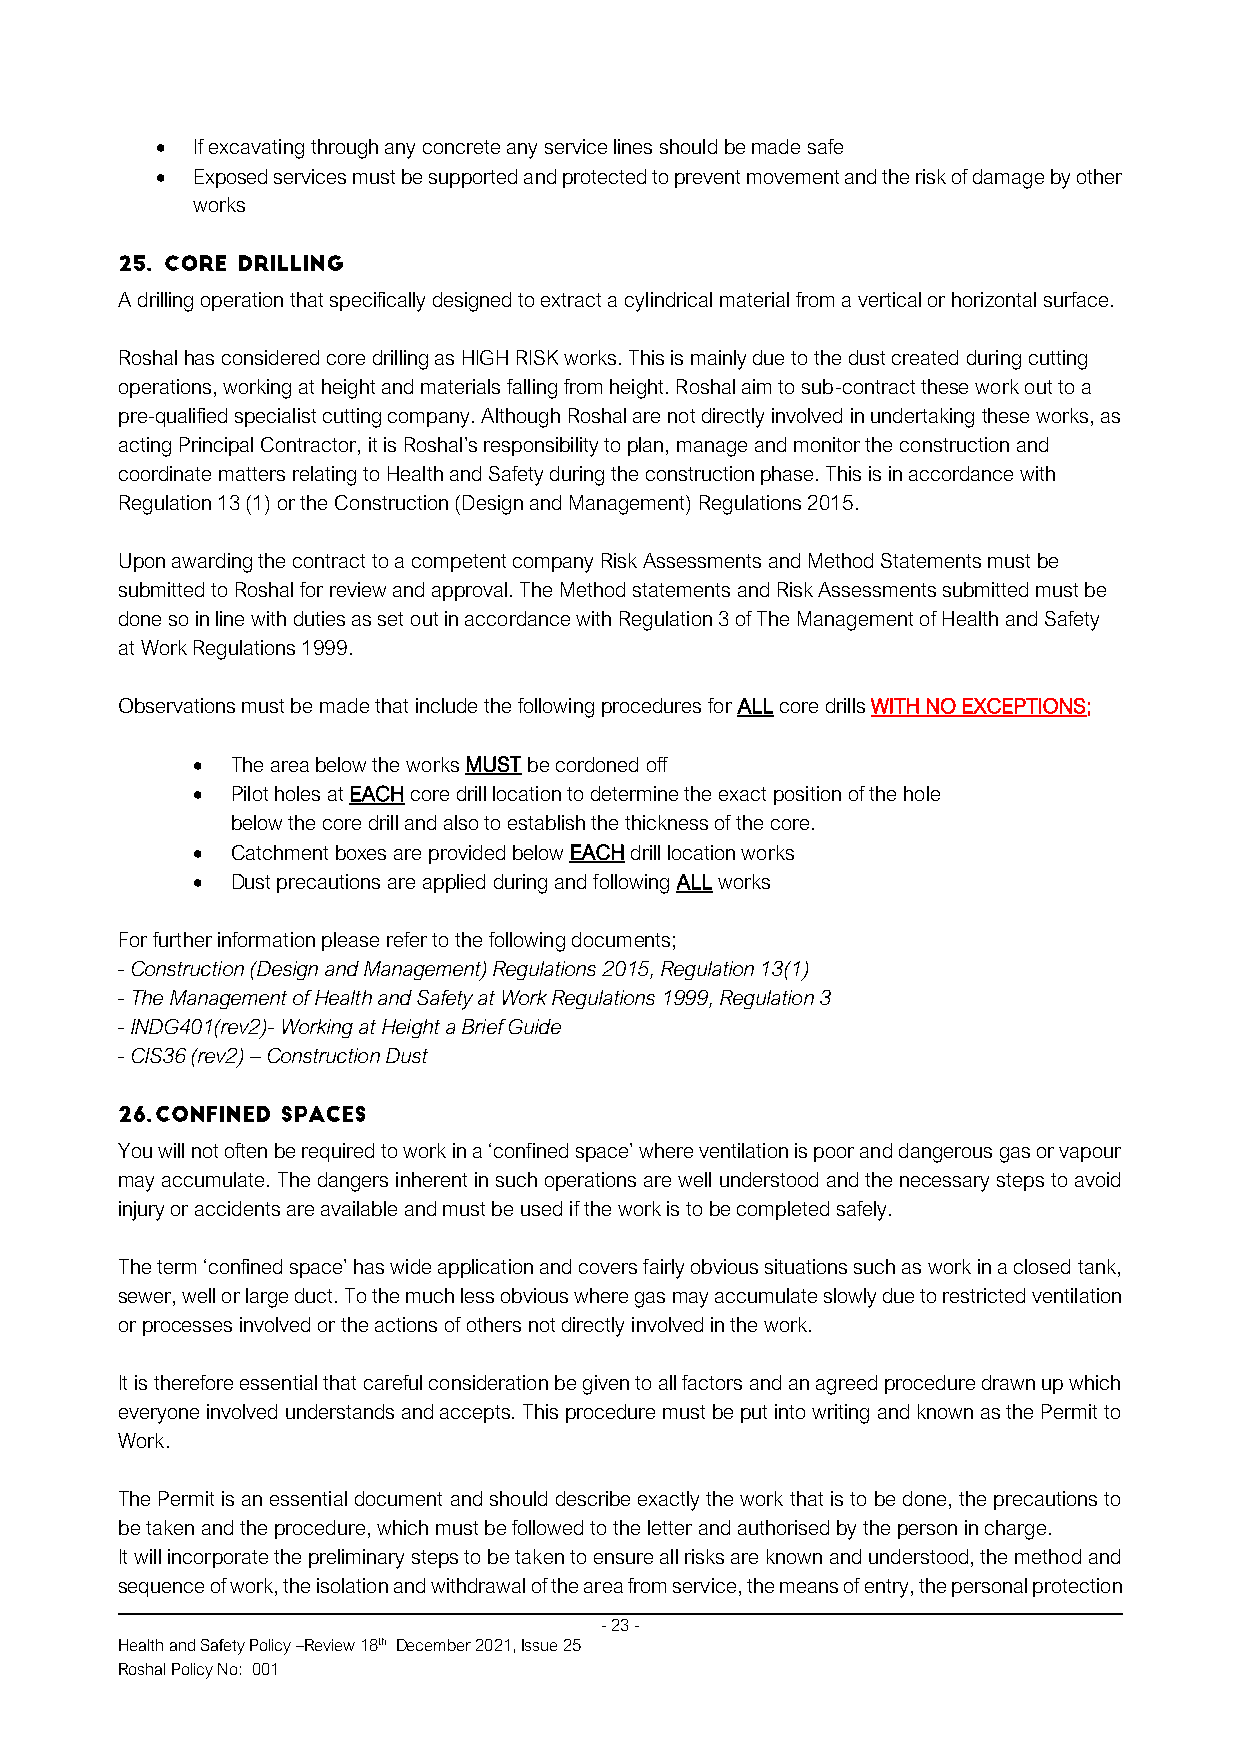
•  If excavating through any concrete any service lines should be made safe
 •  Exposed services must be supported and protected to prevent movement and the risk of damage by other
 works
 A drilling operation that specifically designed to extract a cylindrical material from a vertical or horizontal surface.
 Roshal has considered core drilling as HIGH RISK works. This is mainly due to the dust created during cutting
 operations, working at height and materials falling from height. Roshal aim to sub-contract these work out to a
 pre-qualified specialist cutting company. Although Roshal are not directly involved in undertaking these works, as
 acting Principal Contractor, it is Roshal’s responsibility to plan, manage and monitor the construction and
 coordinate matters relating to Health and Safety during the construction phase. This is in accordance with
 Regulation 13 (1) or the Construction (Design and Management) Regulations 2015.
 Upon awarding the contract to a competent company Risk Assessments and Method Statements must be
 submitted to Roshal for review and approval. The Method statements and Risk Assessments submitted must be
 done so in line with duties as set out in accordance with Regulation 3 of The Management of Health and Safety
 at Work Regulations 1999.
 Observations must be made that include the following procedures for ALL core drills WITH NO EXCEPTIONS;
 • The area below the works MUST be cordoned off
 • Pilot holes at EACH core drill location to determine the exact position of the hole
 below the core drill and also to establish the thickness of the core.
 • Catchment boxes are provided below EACH drill location works
 • Dust precautions are applied during and following ALL works
 For further information please refer to the following documents;
 - Construction (Design and Management) Regulations 2015, Regulation 13(1)
 - The Management of Health and Safety at Work Regulations 1999, Regulation 3
 - INDG401(rev2)- Working at Height a Brief Guide
 - CIS36 (rev2) – Construction Dust
 You will not often be required to work in a ‘confined space’ where ventilation is poor and dangerous gas or vapour
 may accumulate. The dangers inherent in such operations are well understood and the necessary steps to avoid
 injury or accidents are available and must be used if the work is to be completed safely.
 The term ‘confined space’ has wide application and covers fairly obvious situations such as work in a closed tank,
 sewer, well or large duct. To the much less obvious where gas may accumulate slowly due to restricted ventilation
 or processes involved or the actions of others not directly involved in the work.
 It is therefore essential that careful consideration be given to all factors and an agreed procedure drawn up which
 everyone involved understands and accepts. This procedure must be put into writing and known as the Permit to
 Work.
 The Permit is an essential document and should describe exactly the work that is to be done, the precautions to
 be taken and the procedure, which must be followed to the letter and authorised by the person in charge.
 It will incorporate the preliminary steps to be taken to ensure all risks are known and understood, the method and
 sequence of work, the isolation and withdrawal of the area from service, the means of entry, the personal protection
 - 23 -
 Health and Safety Policy –Review 18th December 2021, Issue 25
 Roshal Policy No: 001